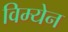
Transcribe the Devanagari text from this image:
विम्येन